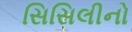
સિસિલીનો